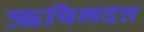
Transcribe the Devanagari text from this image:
ऋषिभदत्त